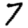
Digit: 7